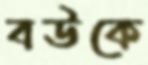
বউকে